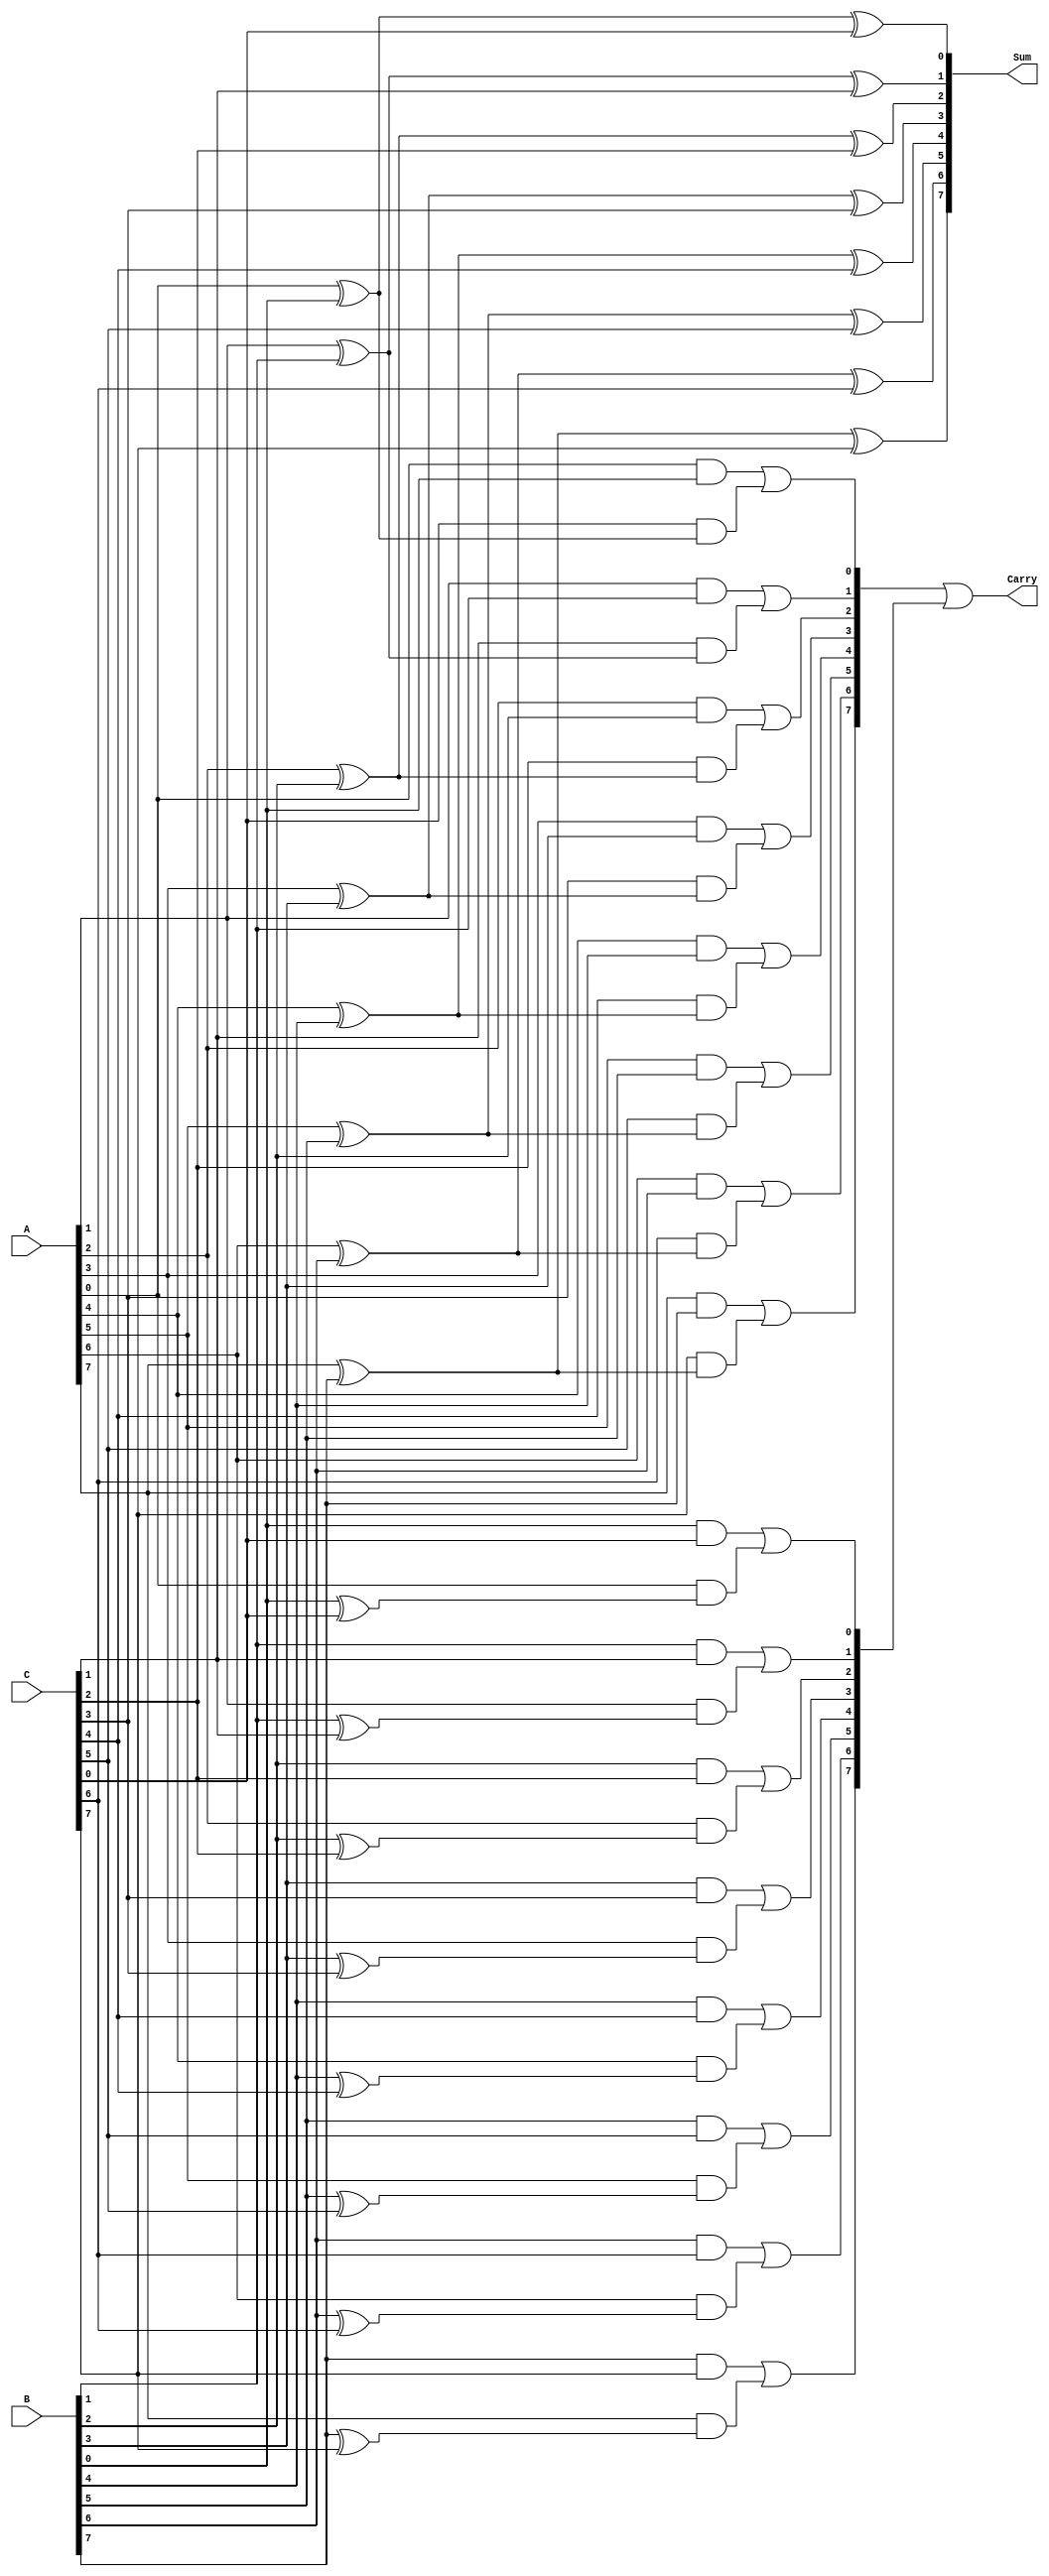
module CarrySaveAdder #(parameter n = 8) (
    input  [n-1:0] A,   // First operand
    input  [n-1:0] B,   // Second operand
    input  [n-1:0] C,   // Third operand
    output [n-1:0] Sum, // Sum output
    output [n-1:0] Carry // Carry output
);

    // Internal signals to hold sum and carry outputs from each full adder
    wire [n-1:0] S;
    wire [n-1:0] C1, C2;

    // Generate the Carry Save Adder operations
    genvar i;
    generate
        for (i = 0; i < n; i = i + 1) begin : CSA_FullAdders
            // Full Adder Logic
            assign S[i] = A[i] ^ B[i] ^ C[i]; // Sum output
            assign C1[i] = (A[i] & B[i]) | (C[i] & (A[i] ^ B[i])); // Carry from A and B
            assign C2[i] = (B[i] & C[i]) | (A[i] & (B[i] ^ C[i])); // Carry from B and C
        end
    endgenerate

    // Combine the carry outputs
    assign Carry = C1 | C2; // Combine carry outputs
    assign Sum = S;         // Sum output

endmodule